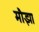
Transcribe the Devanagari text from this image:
मौझा